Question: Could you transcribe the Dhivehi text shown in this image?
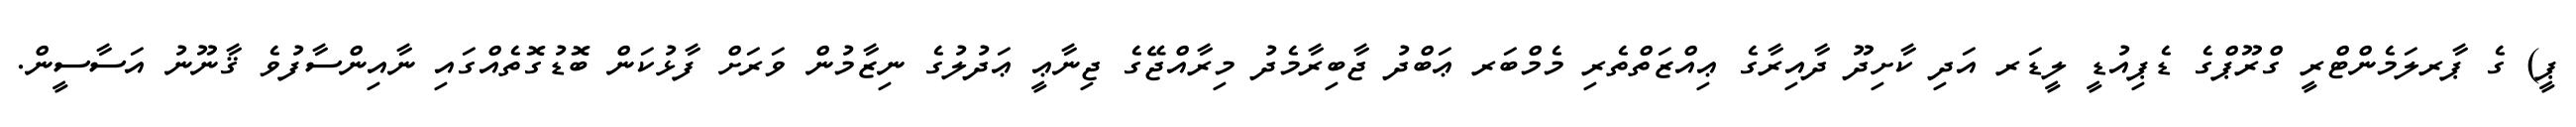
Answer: ޕީ) ގެ ޕާރލަމެންޓްރީ ގްރޫޕްގެ ޑެޕިއުޑީ ލީޑަރ އަދި ކާށިދޫ ދާއިރާގެ ޢިއްޒަތްތެރި މެމްބަރ ޢަބްދު ޖާބިރާމެދު މިރާއްޖޭގެ ޖިނާޢީ ޢަދުލުގެ ނިޒާމުން ވަރަށް ފާޅުކަން ބޮޑުގޮތެއްގައި ނާއިންސާފުވެ ޤާނޫނު އަސާސީން.